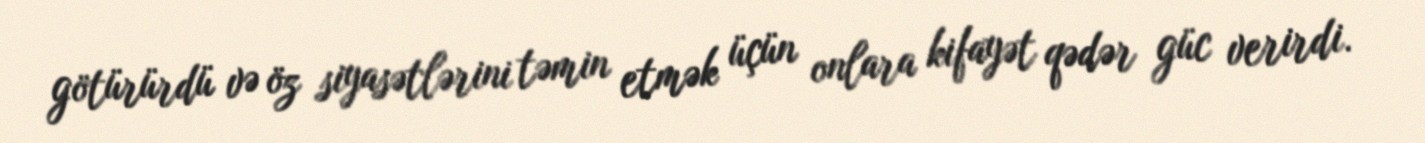
götürürdü və öz siyasətlərini təmin etmək üçün onlara kifayət qədər güc verirdi.